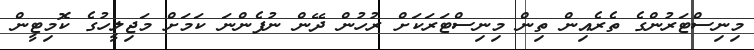
މިނިސްޓަރުންގެ ތެރެއިން ތިން މިނިސްޓަރަކަށް ރުހުން ދޭން ނުފެންނަ ކަމަށް މަޖިލީހުގެ ކޮމިޓީން